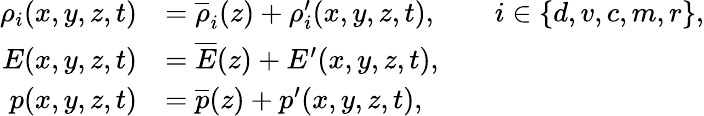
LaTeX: \begin{array}{rl}{\rho_{i}(x,y,z,t)}&{=\overline{{\rho}}_{i}(z)+\rho_{i}^{\prime}(x,y,z,t),\qquad i\in\{ d,v,c,m,r\} ,}\\ {E(x,y,z,t)}&{=\overline{{E}}(z)+{E}^{\prime}(x,y,z,t),}\\ {p(x,y,z,t)}&{=\overline{{p}}(z)+p^{\prime}(x,y,z,t),}\end{array}